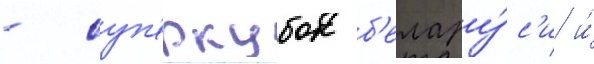
- суп'еркубок б'елару́с'и и́